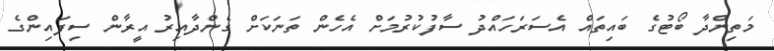
މަތިންދާ ބޯޓުގެ ބައިތައް އެސަރަހައްދު ސާފުކުރުމަށް އެހެން ތަނަކަށް ގެންދާއިރު އީރާން ސިފައިންގެ